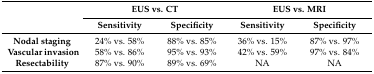
<table><thead><tr><td rowspan="2"></td><td colspan="2"><b>EUS vs. CT</b></td><td colspan="2"><b>EUS vs. MRI</b></td></tr><tr><td><b>Sensitivity</b></td><td><b>Specificity</b></td><td><b>Sensitivity</b></td><td><b>Specificity</b></td></tr></thead><tbody><tr><td><b>Nodal staging</b></td><td>24% vs. 58%</td><td>88% vs. 85%</td><td>36% vs. 15%</td><td>87% vs. 97%</td></tr><tr><td><b>Vascular invasion</b></td><td>58% vs. 86%</td><td>95% vs. 93%</td><td>42% vs. 59%</td><td>97% vs. 84%</td></tr><tr><td><b>Resectability</b></td><td>87% vs. 90%</td><td>89% vs. 69%</td><td>NA</td><td>NA</td></tr></tbody></table>